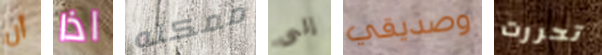
أن اذا ممكنه إلى وصديقي تحررت